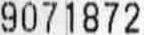
9071872